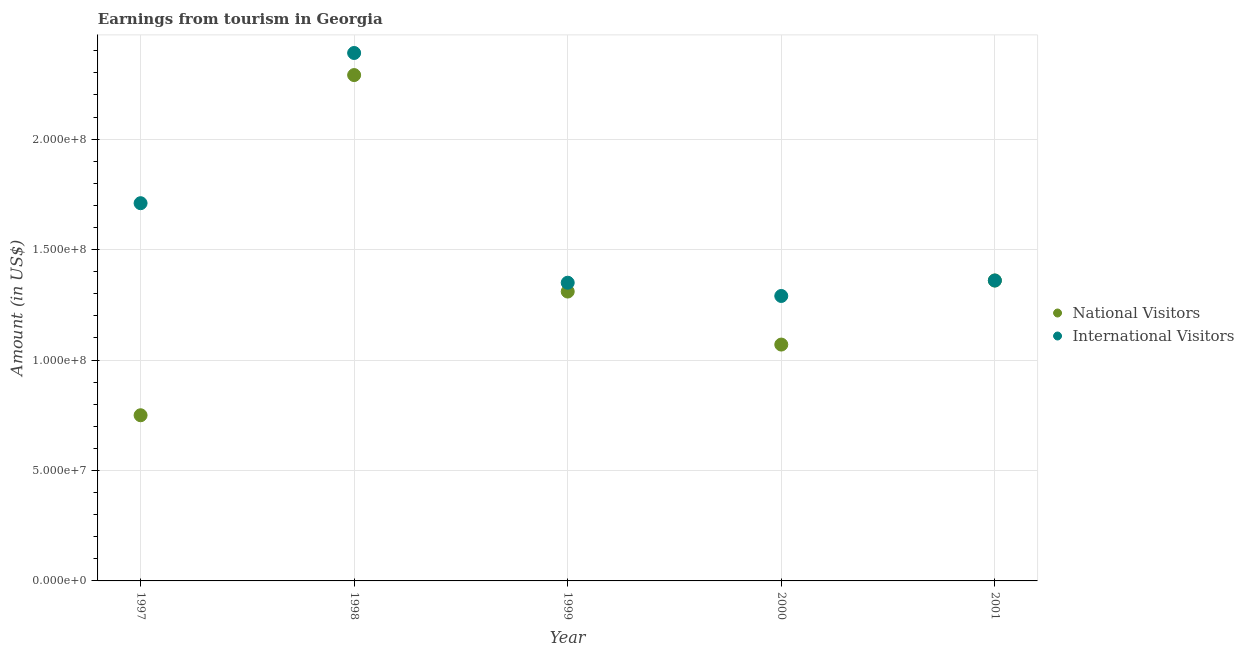
| Year | National Visitors | International Visitors |
 | --- | --- | --- |
 | 1997 | 7.5e+07 | 1.71e+08 |
 | 1998 | 2.29e+08 | 2.39e+08 |
 | 1999 | 1.31e+08 | 1.35e+08 |
 | 2000 | 1.07e+08 | 1.29e+08 |
 | 2001 | 1.36e+08 | 1.36e+08 |